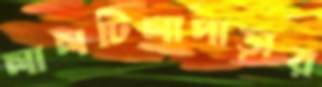
লালটিলাপাড়ার